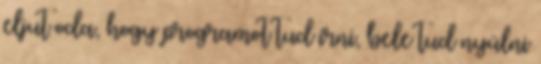
eljut oda, hogy programot tud írni, bele tud nyúlni